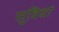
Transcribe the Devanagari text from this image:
सुविधां